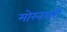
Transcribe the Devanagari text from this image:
मोरनगरी